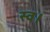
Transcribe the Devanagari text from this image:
स्‍व।